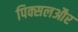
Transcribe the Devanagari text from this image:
पिक्सलऔर